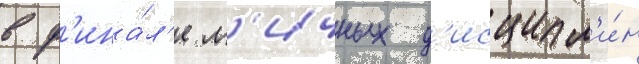
в ф'ина́л'е л'ичных д'исципл'и́н